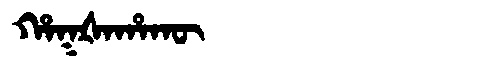
Manchu: ᡥᠠᡴᡧᠠᡥᠠᡴᡡ
Romanization: HAKŠAHAKŪ